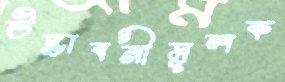
উদ্ভাবনীমূলক